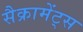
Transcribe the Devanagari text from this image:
सैक्रामेंट्स